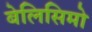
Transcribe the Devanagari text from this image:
बेलिसिमो